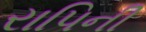
રાપિની